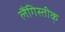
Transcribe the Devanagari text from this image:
लैंगिस्तीक्